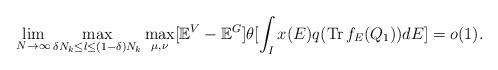
LaTeX: \begin{align*}\lim_{N \rightarrow \infty} \max_{\delta N_k \leq l \leq (1-\delta)N_k } \max_{\mu, \nu}[\mathbb{E}^V-\mathbb{E}^G] \theta [\int_I x(E)q(\operatorname{Tr}f_E(Q_1))dE]=o(1).\end{align*}